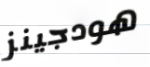
هودجينز